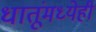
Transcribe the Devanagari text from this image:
धातूंमध्येही